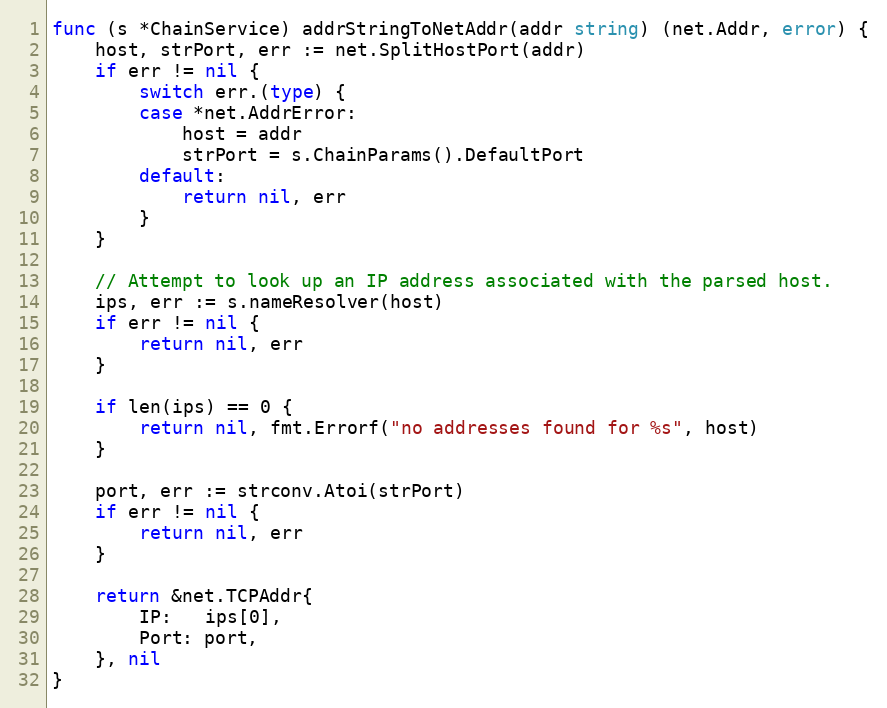
Language: Go
func (s *ChainService) addrStringToNetAddr(addr string) (net.Addr, error) {
	host, strPort, err := net.SplitHostPort(addr)
	if err != nil {
		switch err.(type) {
		case *net.AddrError:
			host = addr
			strPort = s.ChainParams().DefaultPort
		default:
			return nil, err
		}
	}

	// Attempt to look up an IP address associated with the parsed host.
	ips, err := s.nameResolver(host)
	if err != nil {
		return nil, err
	}

	if len(ips) == 0 {
		return nil, fmt.Errorf("no addresses found for %s", host)
	}

	port, err := strconv.Atoi(strPort)
	if err != nil {
		return nil, err
	}

	return &net.TCPAddr{
		IP:   ips[0],
		Port: port,
	}, nil
}